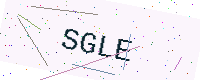
Text: SGLE